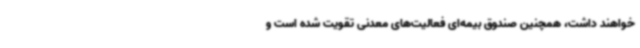
خواهند داشت، همچنین صندوق بیمه‌ای فعالیت‌های معدنی تقویت شده است و